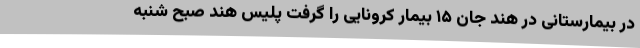
در بیمارستانی در هند جان ۱۵ بیمار کرونایی را گرفت پلیس هند صبح شنبه